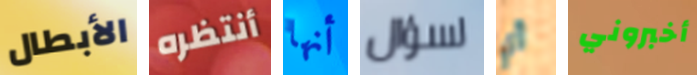
الأبطال أنتظره أنها لسؤال أي أخبروني